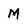
Character: M